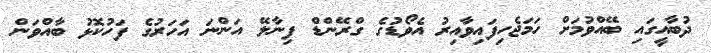
ދުބާއީގައި ބޭއްވުމަށް ހަމަަޖެހިފައިވާއިރު އެވޯޑުގެ ގްރޭންޑް ފިނާލޭ އަންނަ އަހަރުގެ ފަހުކޮޅު ބާއްވަން